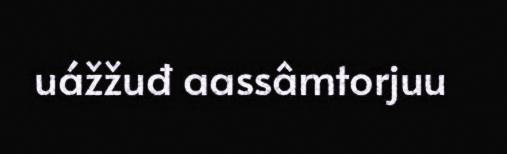
uážžuđ aassâmtorjuu